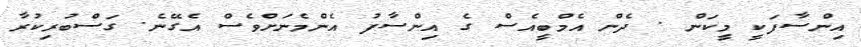
އިންސާފަކީ މީކަން . ދެން އެމްބީއެސް ގެ އިންސާފު އެންމެނަށްވެސް އެގޭނެ. ގަސްބުރިކުރާ